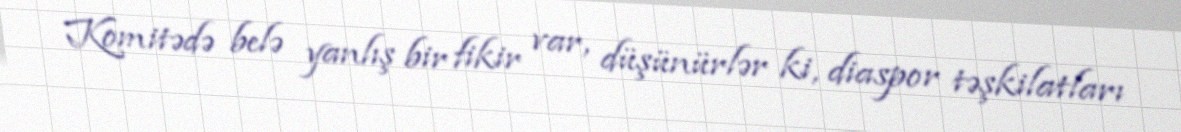
Komitədə belə yanlış bir fikir var, düşünürlər ki, diaspor təşkilatları